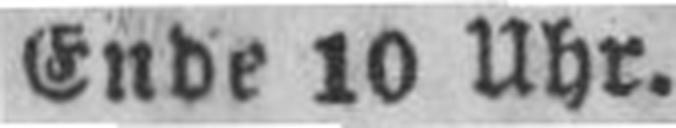
Ende 10 Uhr.